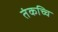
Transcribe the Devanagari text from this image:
तंकच्चि